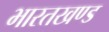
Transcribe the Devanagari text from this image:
भारतखण्ड